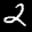
Label: 2